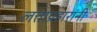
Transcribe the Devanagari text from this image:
लत्ताप्रहारांनी